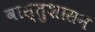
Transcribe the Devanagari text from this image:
वास्तुशासन